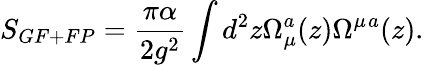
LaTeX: S_{GF+FP}={\frac{\pi\alpha}{2g^{2}}}\int d^{2}z\Omega_{\mu}^{a}(z)\Omega^{\mu}{}^{a}(z).